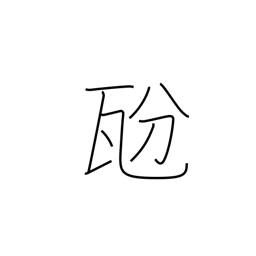
Meaning: decigram